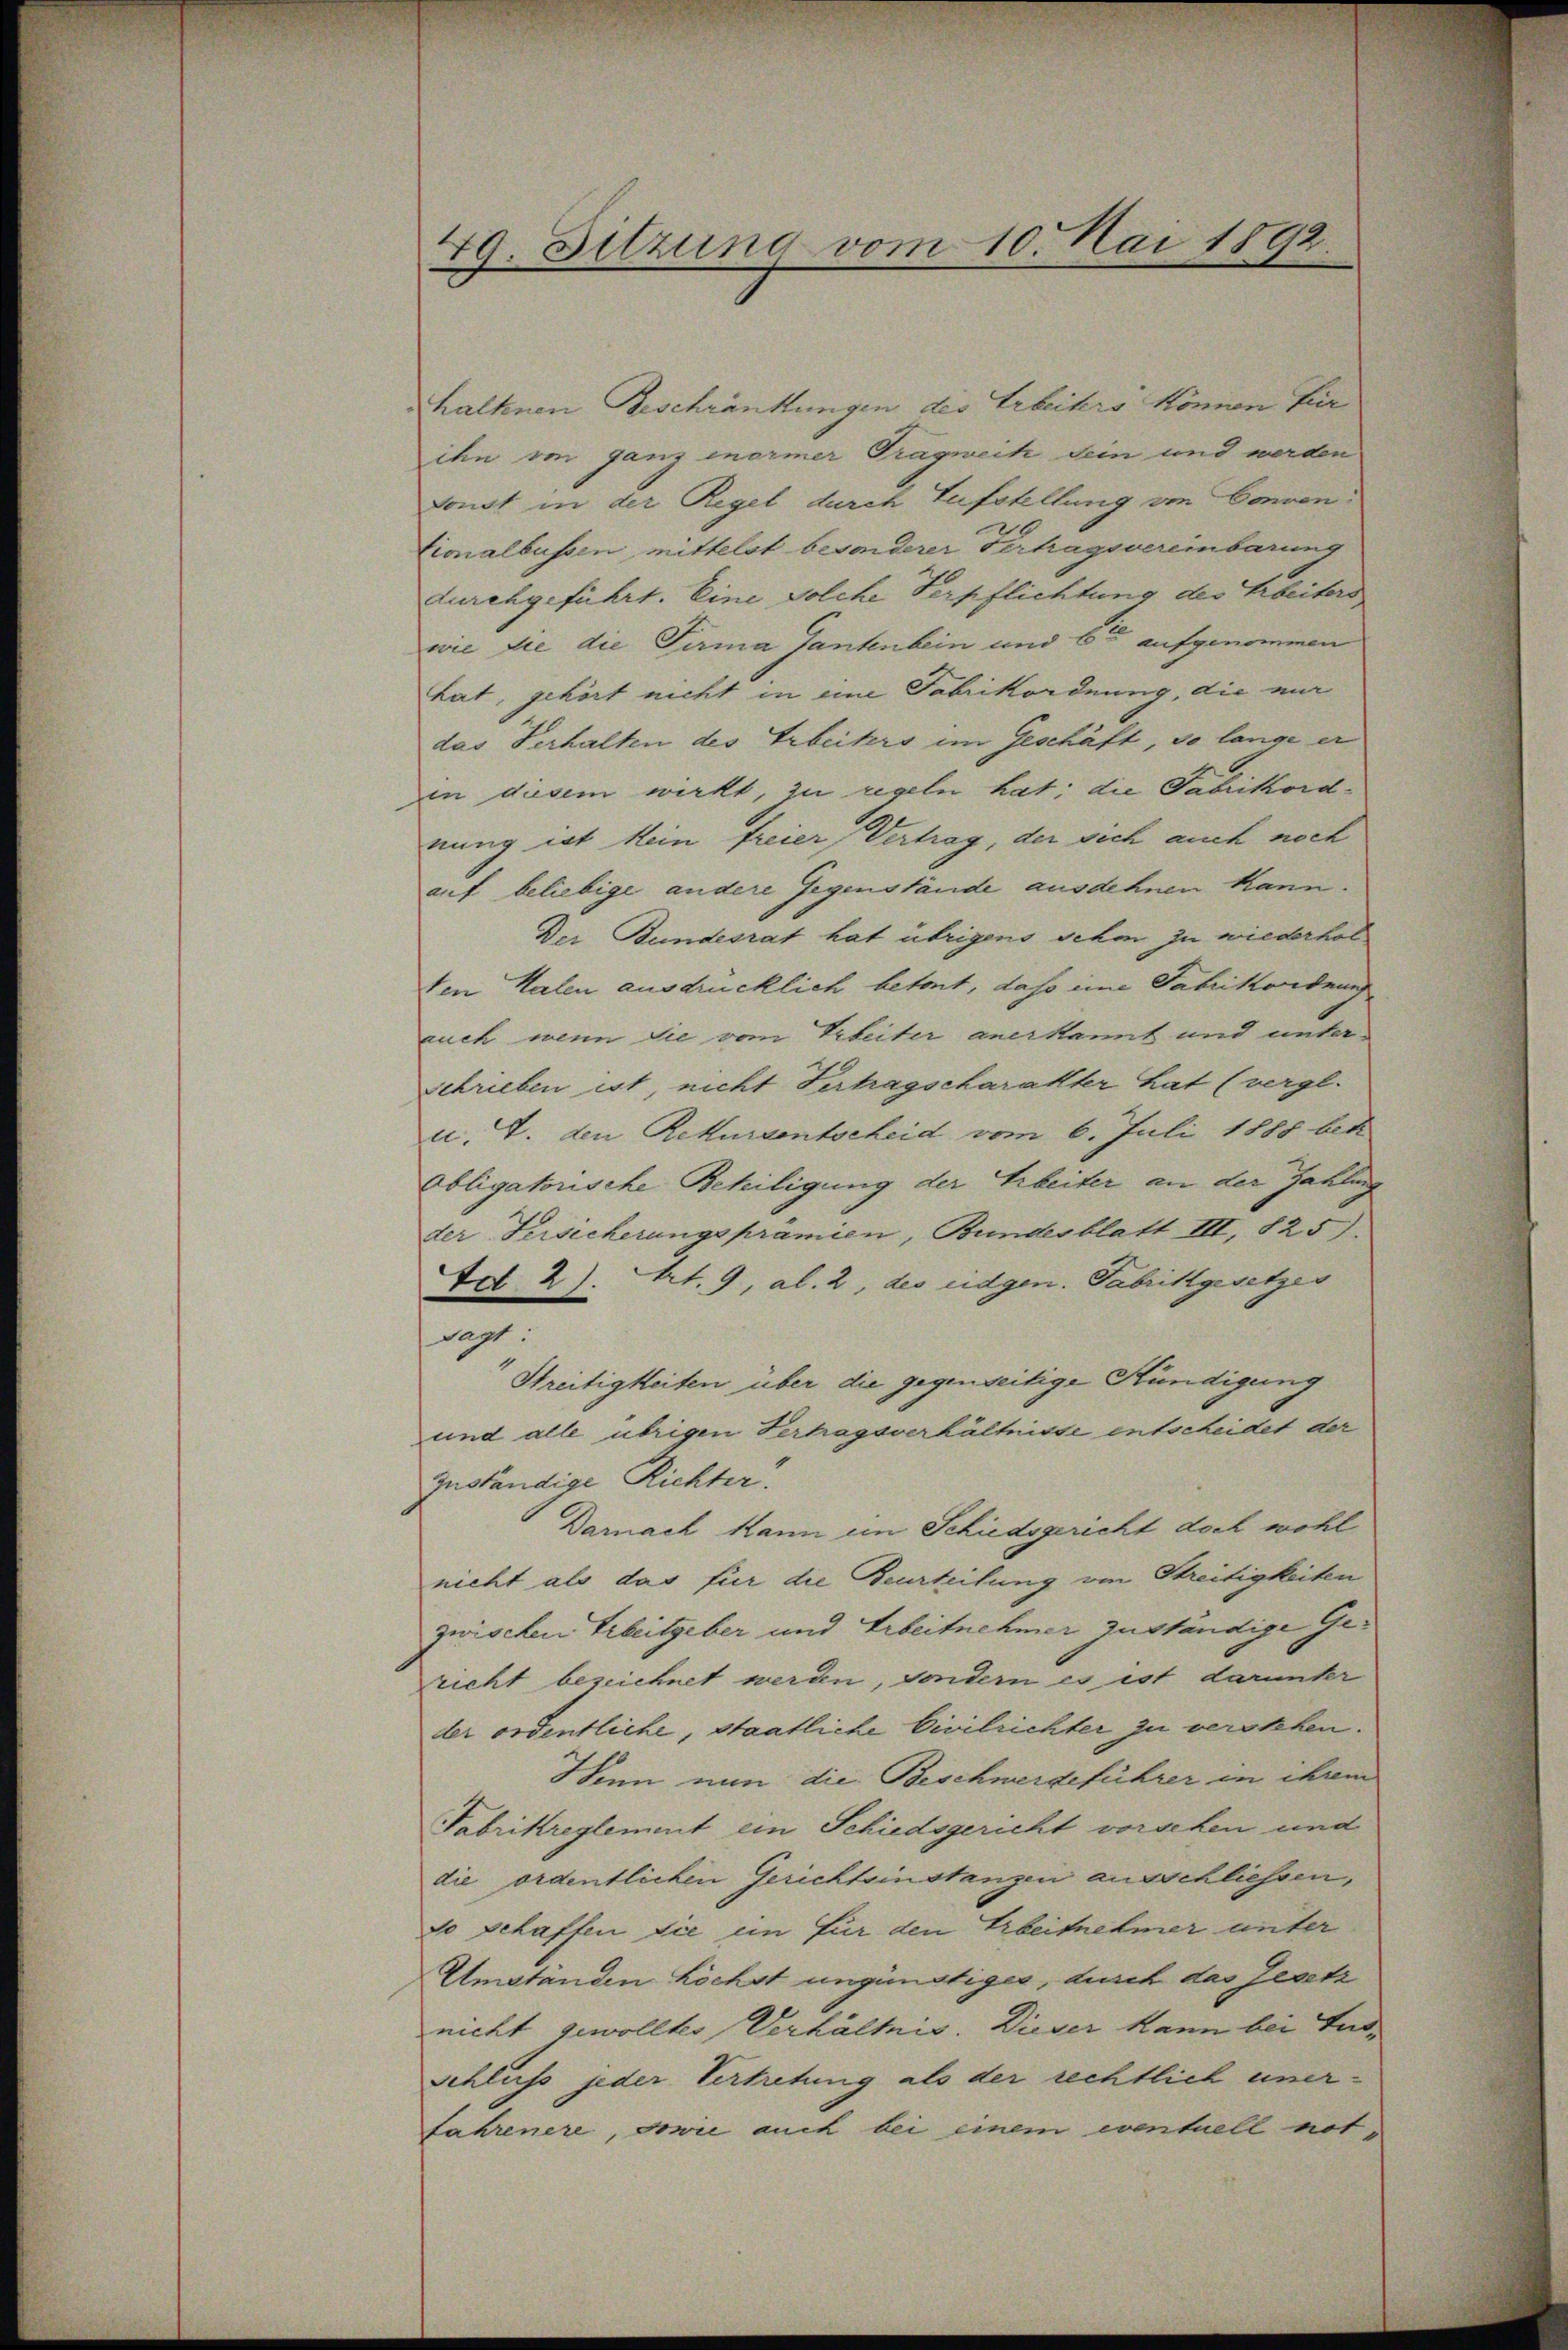
49. Sitzung vom 10. Mai 1892.

haltenen Beschränkungen des Erbeiters können für
ihn von ganz enormer Tragweit sein und werden
Sonst in der Regel durch Zufstellung von Conven
Cionalbussen, mittelst besonderer Vertragsvereinbarung
durchgeführt. Eine solche Verpflichtung des Arbeiters
wie die die Firma Gantenbein und 6te aufgenommen
hat, gehört nicht in eine Fabrikordnung, die mir
das Verhalten des Erbeiters im Geschäft, so lange er
in diesem wirkt, zu regeln hat; die Fabrikordnung ist kein freier Vertrag, der sich auch noch
auf beliebige andere Gegenstände ausdehnen kann.
Der Bundesrat hat übrigens sehm zu wiederhol
ten Kalen ausdrücklich betont, das ime Fabrikordnun
ruch wenn sie vom Verbeiter anerkannt und unterschrieben ist, nicht Vertragscharakter hat (vergl.
u. 4. den Rekursentscheid vom 6. Juli 1888 bet
Obligatorische Behiligung der Arbeiter an der Zahlung
der Versicherungsprämien, Bundesblatt III, 825).
tdt. 2). Art. 9, al. 2, des eidgen. Fabrikgesetzes
sagt:
Streitigkeiten über die gegenseitige Kündigung
und alle übrigen Verhagsverhältnisse entscheidet der
zuständige Richter.
Darnach kann ein Schiedsgericht doch wohl
nicht als das für die Beurteilung von Streitigkeiten
zwischen Arbeitgeber und Arbeitnehmer zuständige Gericht bezeichnet werden, sondern es ist darunter
der ordentliche, staatliche Civilrichter zu verstehen.
Wenn nun die Beschwerdeführer in ihrem
Fabrikreglement ein Schiedsgericht vorschen und
die ordentlichen Gerichtsinstanzen ausschliessen,
do Schaffen sie im für den Erbeitnehmer unter
Umständen höchst ungünstiges, durch das Gesetz
nicht gewollter Verhältnis. Dieser kann bei Lud¬
Schluss jeder Vertretung als der rechtlich einer-
fahrenere, sowie auch bei einem eventuell not¬